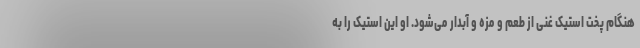
هنگام پخت استیک غنی از طعم و مزه و آبدار می‌شود. او این استیک را به